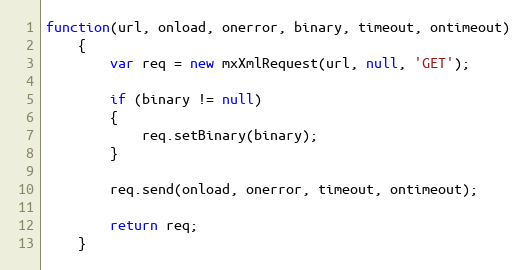
Language: JavaScript
function(url, onload, onerror, binary, timeout, ontimeout)
	{
		var req = new mxXmlRequest(url, null, 'GET');

		if (binary != null)
		{
			req.setBinary(binary);
		}

		req.send(onload, onerror, timeout, ontimeout);

		return req;
	}